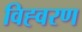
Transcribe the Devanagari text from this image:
विह्वरण